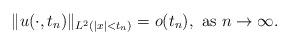
LaTeX: \begin{align*}\|u(\cdot,t_n)\|_{L^2(|x|<t_n)}=o(t_n),\,\,{\rm as}\,\,n\to\infty.\end{align*}